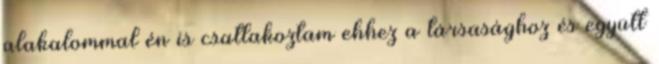
alakalommal én is csatlakoztam ehhez a társasághoz és együtt